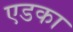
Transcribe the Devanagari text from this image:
एडका